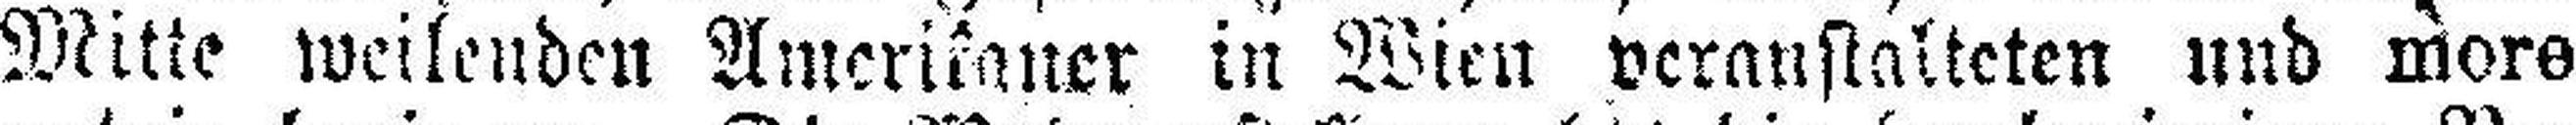
Mitte weilenden Amerikaner in Wien veranstalteten und more